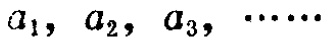
\(a_{1}, a_{2}, a_{3}, \cdots\)